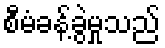
စီမံခန့်ခွဲမှုသည်